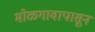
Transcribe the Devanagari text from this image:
मोळगावापासून